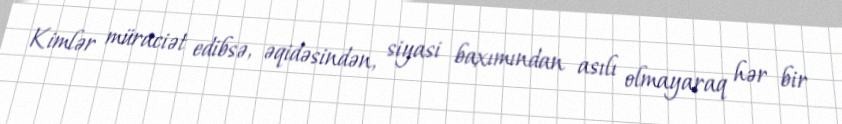
Kimlər müraciət edibsə, əqidəsindən, siyasi baxımından asılı olmayaraq hər bir